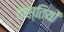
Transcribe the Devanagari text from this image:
दोस्तियों